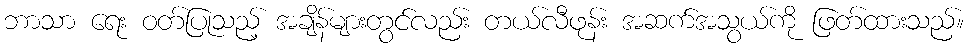
ဘာသာ ရေး ဝတ်ပြုသည့် အချိန်များတွင်လည်း တယ်လီဖုန်း အဆက်အသွယ်ကို ဖြတ်ထားသည်။